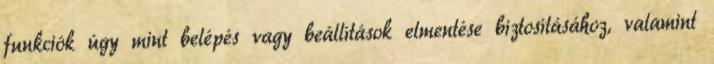
funkciók úgy mint belépés vagy beállítások elmentése biztosításához, valamint